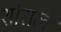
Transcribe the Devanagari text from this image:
शोसल